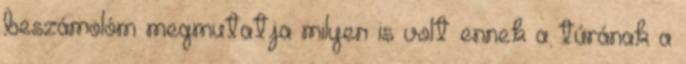
beszámolóm megmutatja milyen is volt ennek a túrának a